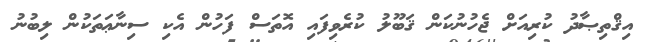
އިޤްތިޞާދު ކުރިއަށް ޖެހުނުކަން ޤަބޫލު ކުރެވިފައި އޮތަސް ފަހުން އެކި ސިނާޢަތަކުން ލިބުނު